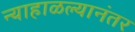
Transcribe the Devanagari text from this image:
न्याहाळल्यानंतर